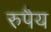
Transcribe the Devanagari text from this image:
रुपैय